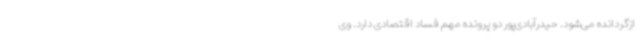
ازگردانده می‌شود. حیدرآبادی‌پور دو پرونده مهم فساد اقتصادی دارد. وی